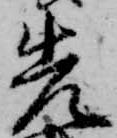
先